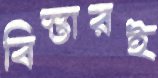
বিস্তারই